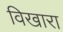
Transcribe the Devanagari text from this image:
विखारा